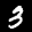
Label: 3